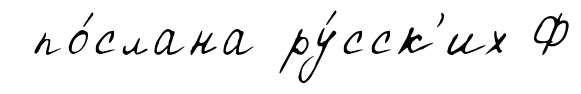
по́слана ру́сск'их Ф